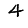
Digit: 4